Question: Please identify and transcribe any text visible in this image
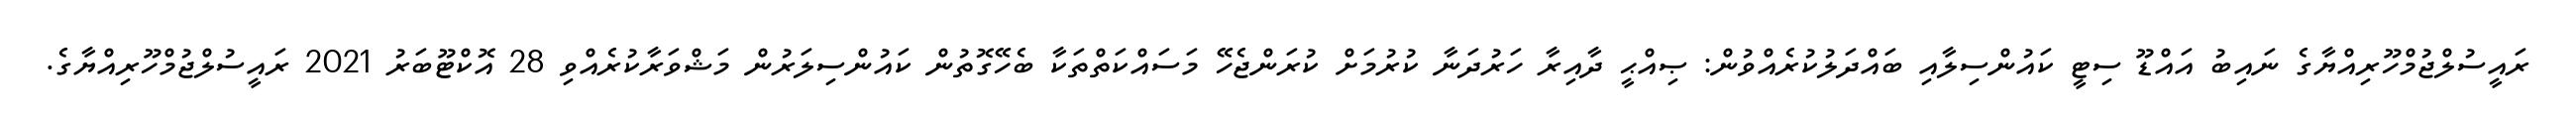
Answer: ރައީސުލްޖުމްހޫރިއްޔާގެ ނައިބު އައްޑޫ ސިޓީ ކައުންސިލާއި ބައްދަލުކުރެއްވުން: ޞިއްޙީ ދާއިރާ ހަރުދަނާ ކުރުމަށް ކުރަންޖެހޭ މަސައްކަތްތަކާ ބެހޭގޮތުން ކައުންސިލަރުން މަޝްވަރާކުރެއްވި 28 އޮކްޓޫބަރު 2021 ރައީސުލްޖުމްހޫރިއްޔާގެ.